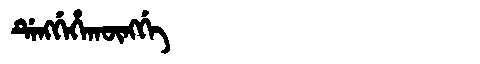
Manchu: ᡩᡝᠩᡤᡝᡥᠠᡴᡡᠩᡤᡝ
Romanization: DENGGEHAKŪNGGE